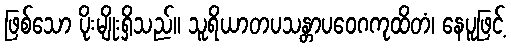
ဖြစ်သော ပိုးမျိုးရှိသည်။ သူရိယာတပသန္တာပဝေဂကုထိတံ၊ နေပူဖြင့်